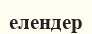
елендер